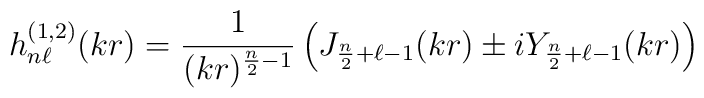
h^{(1,2)}_{n\ell}(kr)=\frac{1}{(kr)^{\frac{n}{2}-1}}    \left(J_{\frac{n}{2}+\ell-1}(kr)    \pm i Y_{\frac{n}{2}+\ell-1}(kr)\right)